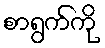
စာရွက်ကို